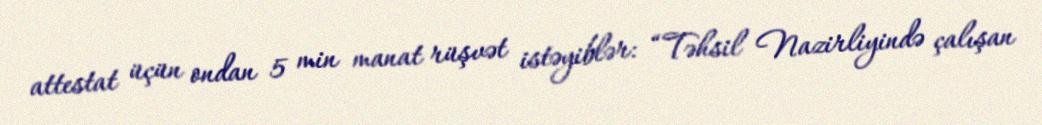
attestat üçün ondan 5 min manat rüşvət istəyiblər: “Təhsil Nazirliyində çalışan